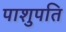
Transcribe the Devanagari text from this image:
पाशुपति